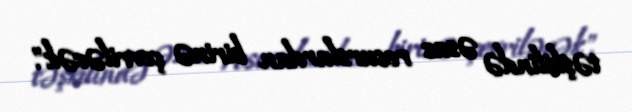
təşkilində əsas resurslardan birinə çevriləcək".